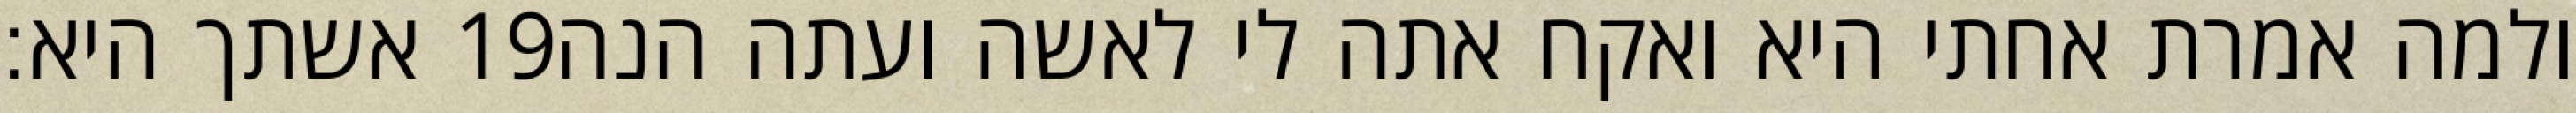
אשתך היא׃ ‎19‏ ולמה אמרת אחתי היא ואקח אתה לי לאשה ועתה הנה